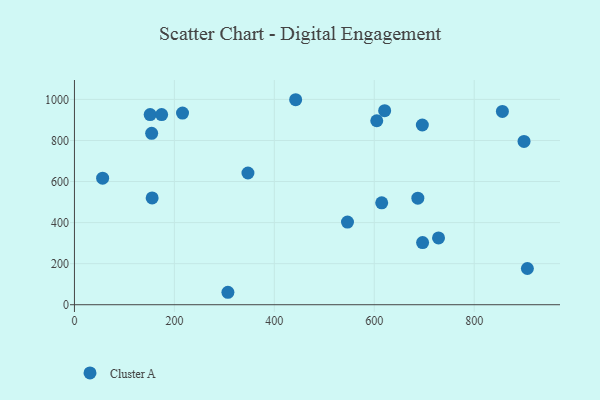
{"axis": {"x": "Price", "y": "Salary"}, "legend": ["Cluster A"], "data": [{"x": "56.4", "y": 616.4, "type": "Cluster A"}, {"x": "605.0", "y": 896.0, "type": "Cluster A"}, {"x": "899.7", "y": 795.5, "type": "Cluster A"}, {"x": "696.7", "y": 302.9, "type": "Cluster A"}, {"x": "687.2", "y": 519.0, "type": "Cluster A"}, {"x": "151.5", "y": 926.1, "type": "Cluster A"}, {"x": "696.2", "y": 875.5, "type": "Cluster A"}, {"x": "347.2", "y": 641.6, "type": "Cluster A"}, {"x": "906.4", "y": 176.3, "type": "Cluster A"}, {"x": "614.9", "y": 496.4, "type": "Cluster A"}, {"x": "620.8", "y": 945.4, "type": "Cluster A"}, {"x": "728.6", "y": 325.4, "type": "Cluster A"}, {"x": "155.5", "y": 520.1, "type": "Cluster A"}, {"x": "216.3", "y": 933.3, "type": "Cluster A"}, {"x": "442.7", "y": 998.5, "type": "Cluster A"}, {"x": "307.1", "y": 60.6, "type": "Cluster A"}, {"x": "546.4", "y": 402.3, "type": "Cluster A"}, {"x": "856.4", "y": 941.5, "type": "Cluster A"}, {"x": "154.5", "y": 834.6, "type": "Cluster A"}, {"x": "174.5", "y": 926.2, "type": "Cluster A"}]}